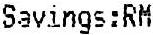
SAVINGS:RM